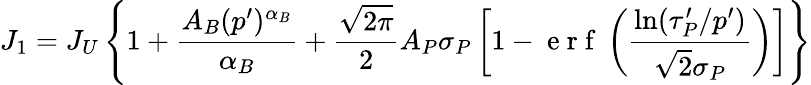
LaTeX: J_{1}=J_{U}\left\{ 1+\frac{A_{B}(p^{\prime})^{\alpha_{B}}}{\alpha_{B}}+\frac{\sqrt{2\pi}}{2}A_{P}\sigma_{P}\left[1-\mathrm{~e~r~f~}\left(\frac{\ln(\tau_{P}^{\prime}/p^{\prime})}{\sqrt{2}\sigma_{P}}\right)\right]\right\}